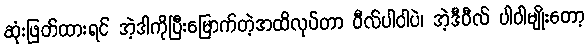
ဆုံးဖြတ်ထားရင် အဲ့ဒါကိုပြီးမြောက်တဲ့အထိလုပ်တာ ဝီလ်ပါဝါပဲ၊ အဲ့ဒီဝီလ် ပါဝါမျိုးတော့